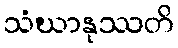
သံဃာနုဿတိ